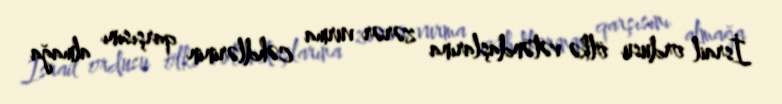
İsrail ordusu ölkə vətəndaşlarına zərər vurma cəhdlərinin qarşısını almağa